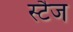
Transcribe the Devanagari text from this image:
स्टैज